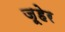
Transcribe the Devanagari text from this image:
ज़ूहेर